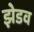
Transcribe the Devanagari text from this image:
झेडव